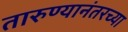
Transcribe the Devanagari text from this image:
तारुण्यानंतरच्या